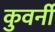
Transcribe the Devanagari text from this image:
कुवर्नी